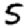
Digit: 5